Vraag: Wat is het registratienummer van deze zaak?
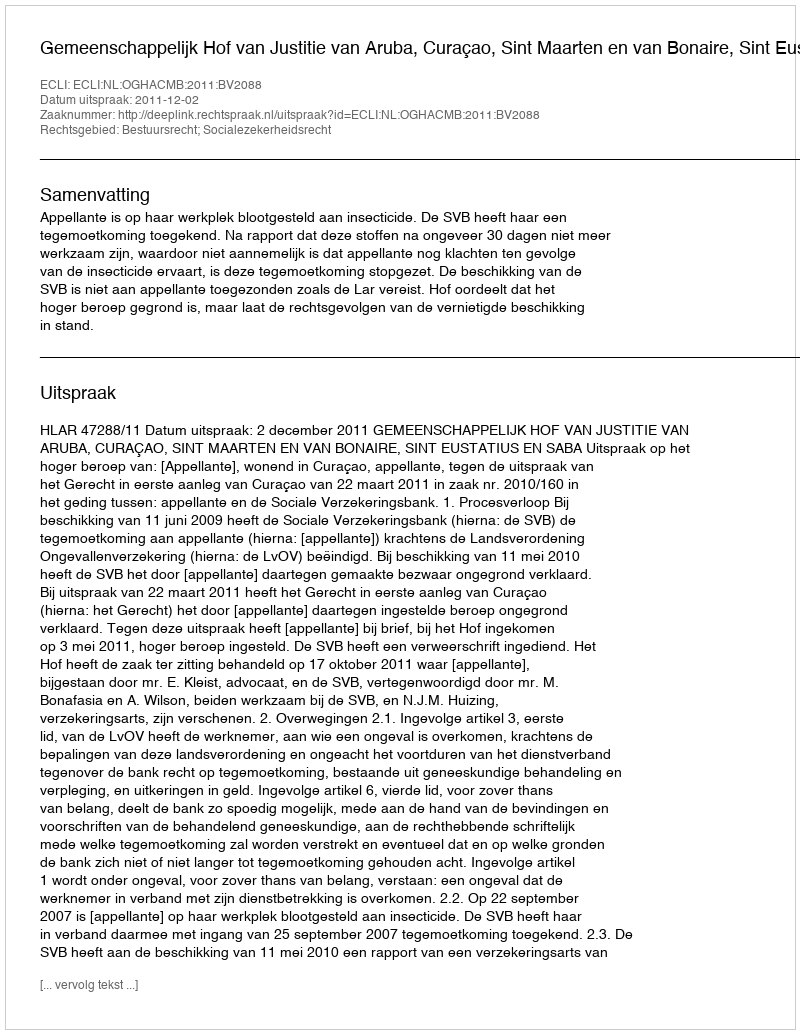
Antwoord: http://deeplink.rechtspraak.nl/uitspraak?id=ECLI:NL:OGHACMB:2011:BV2088